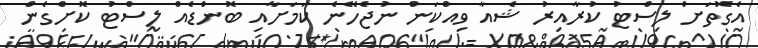
އެގޮތަށް ލިސްޓު ކުރާއިރު ޝެއާ ވިއްކަން ނުޖެހޭނެ ކަމަށާއި ބޮންޑެއް ލިސްޓު ކޮށްގެން